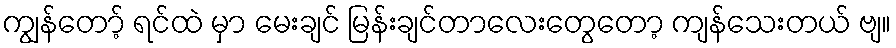
ကျွန်တော့် ရင်ထဲ မှာ မေးချင် မြန်းချင်တာလေးတွေတော့ ကျန်သေးတယ် ဗျ။